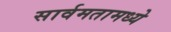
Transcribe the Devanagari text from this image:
सार्वमतामध्ये